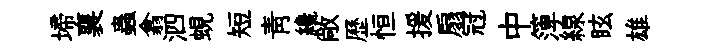
埽襄蟲翕泗蜆短青纔敞歷恒援扇冠中𥱼線眩雄